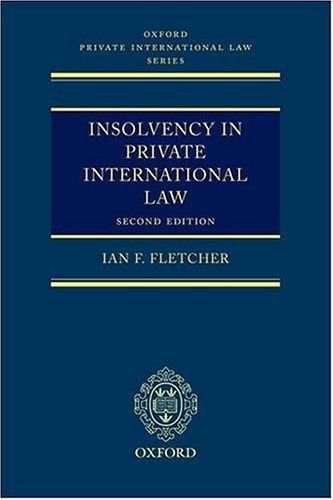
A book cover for Insolvency in Private International Law (Oxford Private International Law Series); Ian Fletcher; Law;